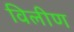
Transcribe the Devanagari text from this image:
विलीण